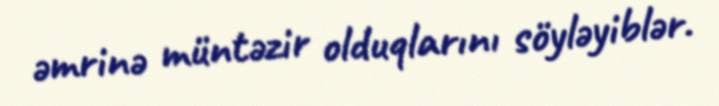
əmrinə müntəzir olduqlarını söyləyiblər.